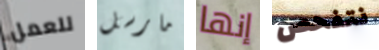
للعمل مارسل إنها نتفحص